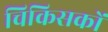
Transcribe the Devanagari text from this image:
चिकिसकों